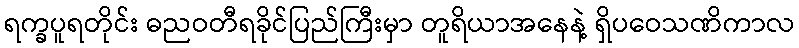
ရက္ခပူရတိုင်း ဓညဝတီရခိုင်ပြည်ကြီးမှာ တူရိယာအနေနဲ့ ရှိပဝေသဏိကာလ